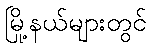
မြို့နယ်များတွင်